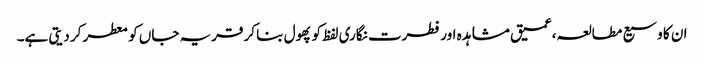
ان کا وسیع مطالعہ،عمیق مشاہدہ اور فطرت نگاری لفظ کو پھول بنا کر قریہ جاں کو معطر کر دیتی ہے۔